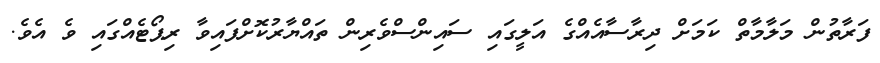
ފަރާތުން މަލާމާތް ކަމަށް ދިރާސާއެއްގެ އަލީގައި ސައިންސްވެރިން ތައްޔާރުކޮށްފައިވާ ރިޕޯޓެއްގައި ވެ އެވެ.